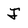
Character: J